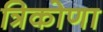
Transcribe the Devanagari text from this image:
त्रिकोणा